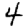
Digit: 4